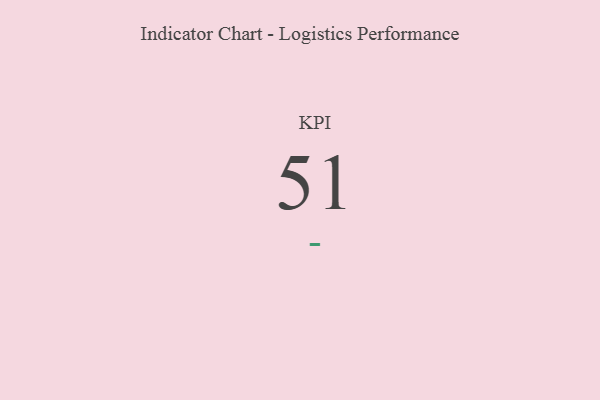
{"axis": {"x": "KPI", "y": "Value"}, "legend": [""], "data": [{"x": "KPI", "y": 51, "type": ""}]}